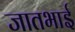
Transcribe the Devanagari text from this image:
जातभाई